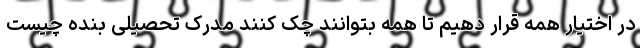
در اختیار همه قرار دهیم تا همه بتوانند چک کنند مدرک تحصیلی بنده چیست